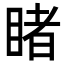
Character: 睹